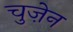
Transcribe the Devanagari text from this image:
चुज़ेन